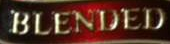
BLENDED